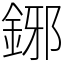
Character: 鋣